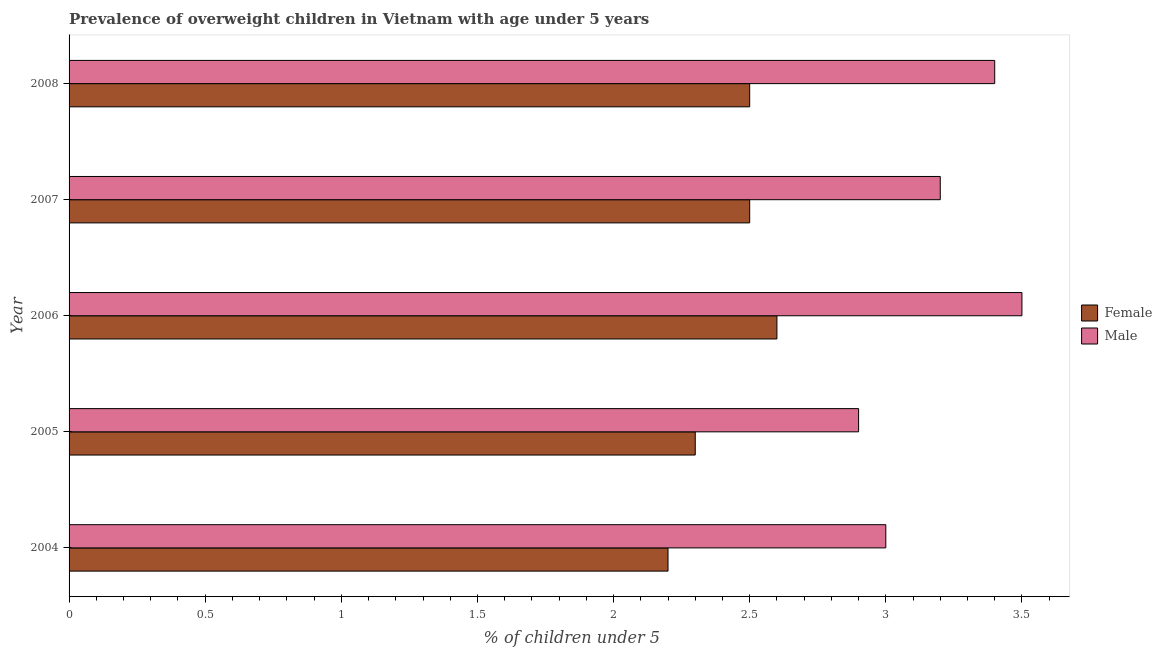
| Year | Female | Male |
 | --- | --- | --- |
 | 2004 | 2.2 | 3 |
 | 2005 | 2.3 | 2.9 |
 | 2006 | 2.6 | 3.5 |
 | 2007 | 2.5 | 3.2 |
 | 2008 | 2.5 | 3.4 |